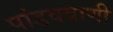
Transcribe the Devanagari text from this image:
पांडववाणी